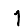
Digit: 1